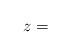
LaTeX: \begin{align*}z = \end{align*}